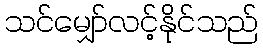
သင်မျှော်လင့်နိုင်သည်